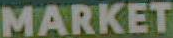
MARKET